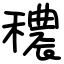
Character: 穠